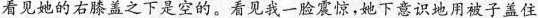
看见她的右膝盖之下是空的。看见我一脸震惊，她下意识地用被子盖住